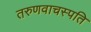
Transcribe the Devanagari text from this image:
तरुणवाचस्पति